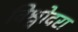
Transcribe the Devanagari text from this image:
विश्वोदरा